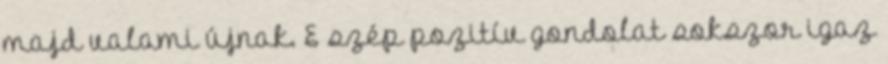
majd valami újnak. E szép pozitív gondolat sokszor igaz